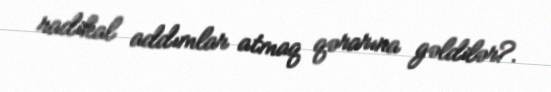
radikal addımlar atmaq qərarına gəldilər?.